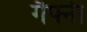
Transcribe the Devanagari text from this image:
गैफ्नी